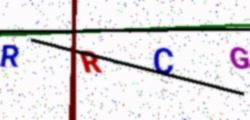
Text: RRCG